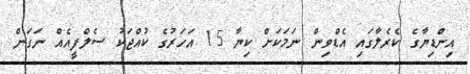
އިންޑިޔާގެ ކެރެލާގައި އެޑްވިން ނަމަކަށް ކިޔާ 15 އަހަރުގެ ކުއްޖަކު ސެލްފީއެއް ނަގަން